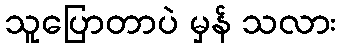
သူပြောတာပဲ မှန် သလား